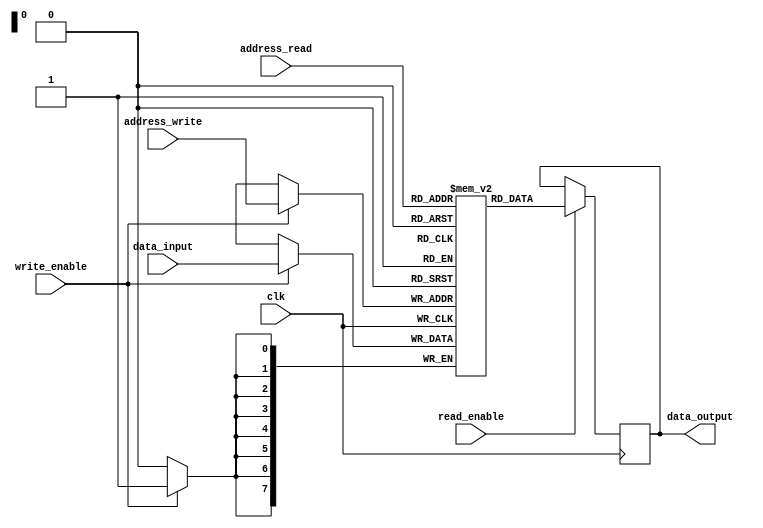
module dual_port_ram (
  input wire clk,
  input wire [7:0] address_read,
  input wire [7:0] address_write,
  input wire read_enable,
  input wire write_enable,
  input wire [7:0] data_input,
  output reg [7:0] data_output
);

reg [7:0] memory [0:255];

always @(posedge clk) begin
  if (read_enable) begin
    data_output <= memory[address_read];
  end
  
  if (write_enable) begin
    memory[address_write] <= data_input;
  end
end

endmodule